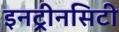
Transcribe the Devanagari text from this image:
इनट्रीनसिटी